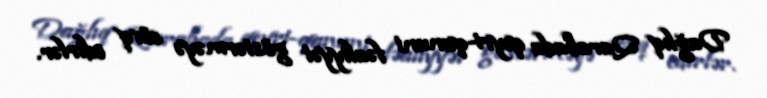
Dağlıq Qarabada qeyri-qanuni fəaliyyət göstərməyə sövq edirlər.